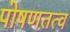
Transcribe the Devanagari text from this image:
पोषणतत्व